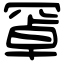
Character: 𦋐